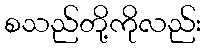
စသည်တို့ကိုလည်း